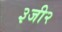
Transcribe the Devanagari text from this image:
३जी२